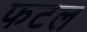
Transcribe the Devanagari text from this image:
फटल